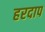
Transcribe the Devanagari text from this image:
हरदाप